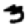
Digit: 3